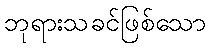
ဘုရားသခင်ဖြစ်သော